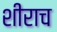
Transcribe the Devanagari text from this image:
शीराच